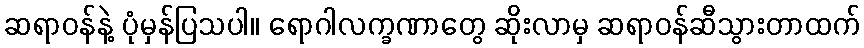
ဆရာဝန်နဲ့ ပုံမှန်ပြသပါ။ ရောဂါလက္ခဏာတွေ ဆိုးလာမှ ဆရာဝန်ဆီသွားတာထက်